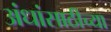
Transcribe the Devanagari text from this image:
अंधांसाठीच्या